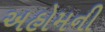
અહોમની